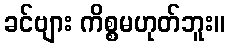
ခင်ဗျား ကိစ္စမဟုတ်ဘူး။